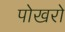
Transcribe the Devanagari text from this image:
पोखरो